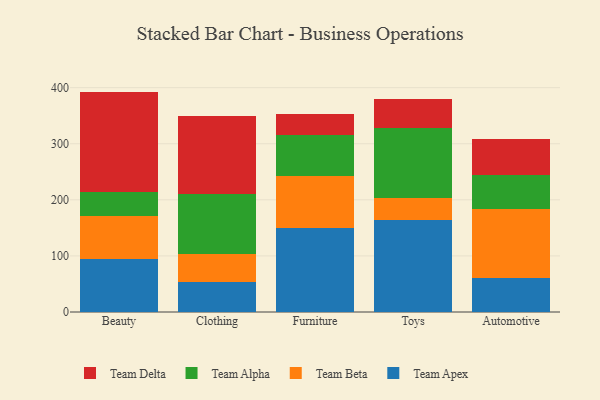
{"axis": {"x": "Category", "y": "Conversion Rate (%)"}, "legend": ["Team Alpha", "Team Apex", "Team Beta", "Team Delta"], "data": [{"x": "Beauty", "y": 93.9, "type": "Team Apex"}, {"x": "Beauty", "y": 77.7, "type": "Team Beta"}, {"x": "Beauty", "y": 41.9, "type": "Team Alpha"}, {"x": "Beauty", "y": 179.5, "type": "Team Delta"}, {"x": "Clothing", "y": 53.0, "type": "Team Apex"}, {"x": "Clothing", "y": 50.9, "type": "Team Beta"}, {"x": "Clothing", "y": 106.5, "type": "Team Alpha"}, {"x": "Clothing", "y": 139.7, "type": "Team Delta"}, {"x": "Furniture", "y": 149.1, "type": "Team Apex"}, {"x": "Furniture", "y": 93.1, "type": "Team Beta"}, {"x": "Furniture", "y": 73.0, "type": "Team Alpha"}, {"x": "Furniture", "y": 37.3, "type": "Team Delta"}, {"x": "Toys", "y": 164.4, "type": "Team Apex"}, {"x": "Toys", "y": 38.1, "type": "Team Beta"}, {"x": "Toys", "y": 124.8, "type": "Team Alpha"}, {"x": "Toys", "y": 53.3, "type": "Team Delta"}, {"x": "Automotive", "y": 60.5, "type": "Team Apex"}, {"x": "Automotive", "y": 122.6, "type": "Team Beta"}, {"x": "Automotive", "y": 61.2, "type": "Team Alpha"}, {"x": "Automotive", "y": 64.5, "type": "Team Delta"}]}